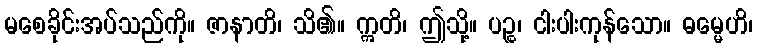
မစေခိုင်းအပ်သည်ကို။ ဇာနာတိ၊ သိ၏။ ဣတိ၊ ဤသို့။ ပဉ္စ၊ ငါးပါးကုန်သော။ ဓမ္မေဟိ၊